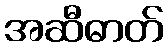
အဆီဓာတ်